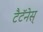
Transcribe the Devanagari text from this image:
टैटॅनेस्